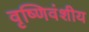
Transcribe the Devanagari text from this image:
वृष्णिवंशीय